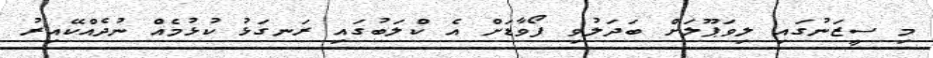
މި ސީޒަނުގައި ލިވަޕޫލަށް ބަދަލުވި ފޯވާޑަށް އެ ކްލަބުގައި ރަނގަޅު ކުޅުމެއް ނުދެއްކޭއިރު